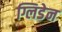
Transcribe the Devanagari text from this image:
ग्लिडेन